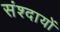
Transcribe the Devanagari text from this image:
संश्दायों